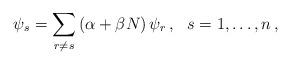
LaTeX: \begin{align*}\psi_s = \sum_{r \ne s} \left( \alpha + \beta N \right) \psi_r \, , \ \ s =1,\ldots,n \, , \end{align*}